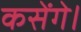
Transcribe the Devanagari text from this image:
कसेंगे।